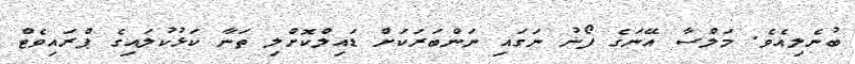
ބުނެލިއެވެ. މަލްސާ އޭނަގެ ފޯނު ނަގައި ނަންބަރަކަށް ޑައިލްކޮށްލި ތަނާ ކަޅުކުލައިގެ ޕްރައިވެޓް